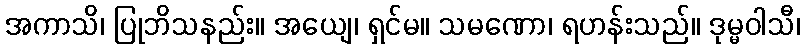
အကာသိ၊ ပြုဘိသနည်း။ အယျေ၊ ရှင်မ။ သမဏော၊ ရဟန်းသည်။ ဒုမ္မဝါသီ၊